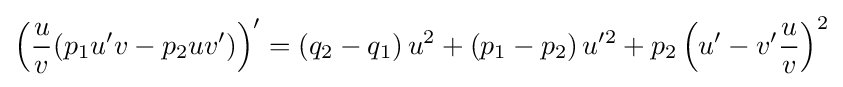
\left({\frac {u}{v}}(p_{1}u'v-p_{2}uv')\right)'=\left(q_{2}-q_{1}\right)u^{2}+\left(p_{1}-p_{2}\right)u'^{2}+p_{2}\left(u'-v'{\frac {u}{v}}\right)^{2}